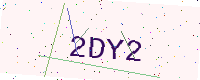
Text: 2DY2